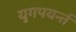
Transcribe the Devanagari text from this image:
युगपयर्न्त